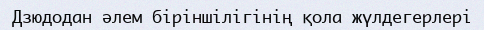
Дзюдодан әлем біріншілігінің қола жүлдегерлері